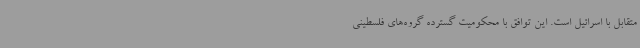
متقابل با اسرائیل است. این توافق با محکومیت گسترده گروه‌های فلسطینی